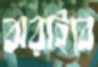
ঝরাইবে